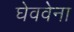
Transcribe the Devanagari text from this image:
घेववेना